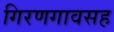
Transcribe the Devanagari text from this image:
गिरणगावसह